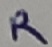
Text: R